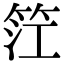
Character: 𥬮